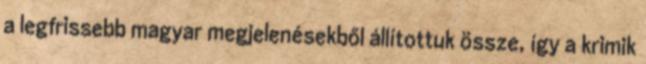
a legfrissebb magyar megjelenésekből állítottuk össze, így a krimik